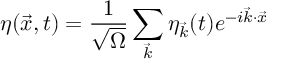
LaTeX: \eta ( \vec { x } , t ) = \frac { 1 } { \sqrt { \Omega } } \sum _ { \vec { k } } \eta _ { \vec { k } } ( t ) e ^ { - i \vec { k } \cdot \vec { x } }